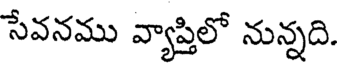
సేవనము వ్యాప్తిలో నున్నది.